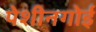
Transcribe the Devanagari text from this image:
पेशीनगोई